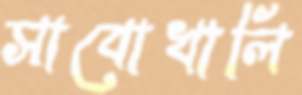
সাবোখালি